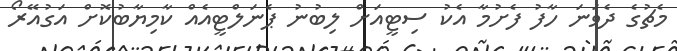
މެޗުގެ ދެވަނަ ހާފު ފެށުމާ އެކު ސިޓީއަށް ލިބުނު ޕެނަލްޓީއެއް ކާމިޔާބުކޮށް އަގުއޭރޯ